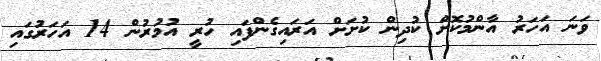
ވަނަ އަހަރު އާންމުކޮށް ކުދިން ކުށަށް އަރައިގެންފައި ހުރީ އުމުރުން 14 އަހަރުގައި